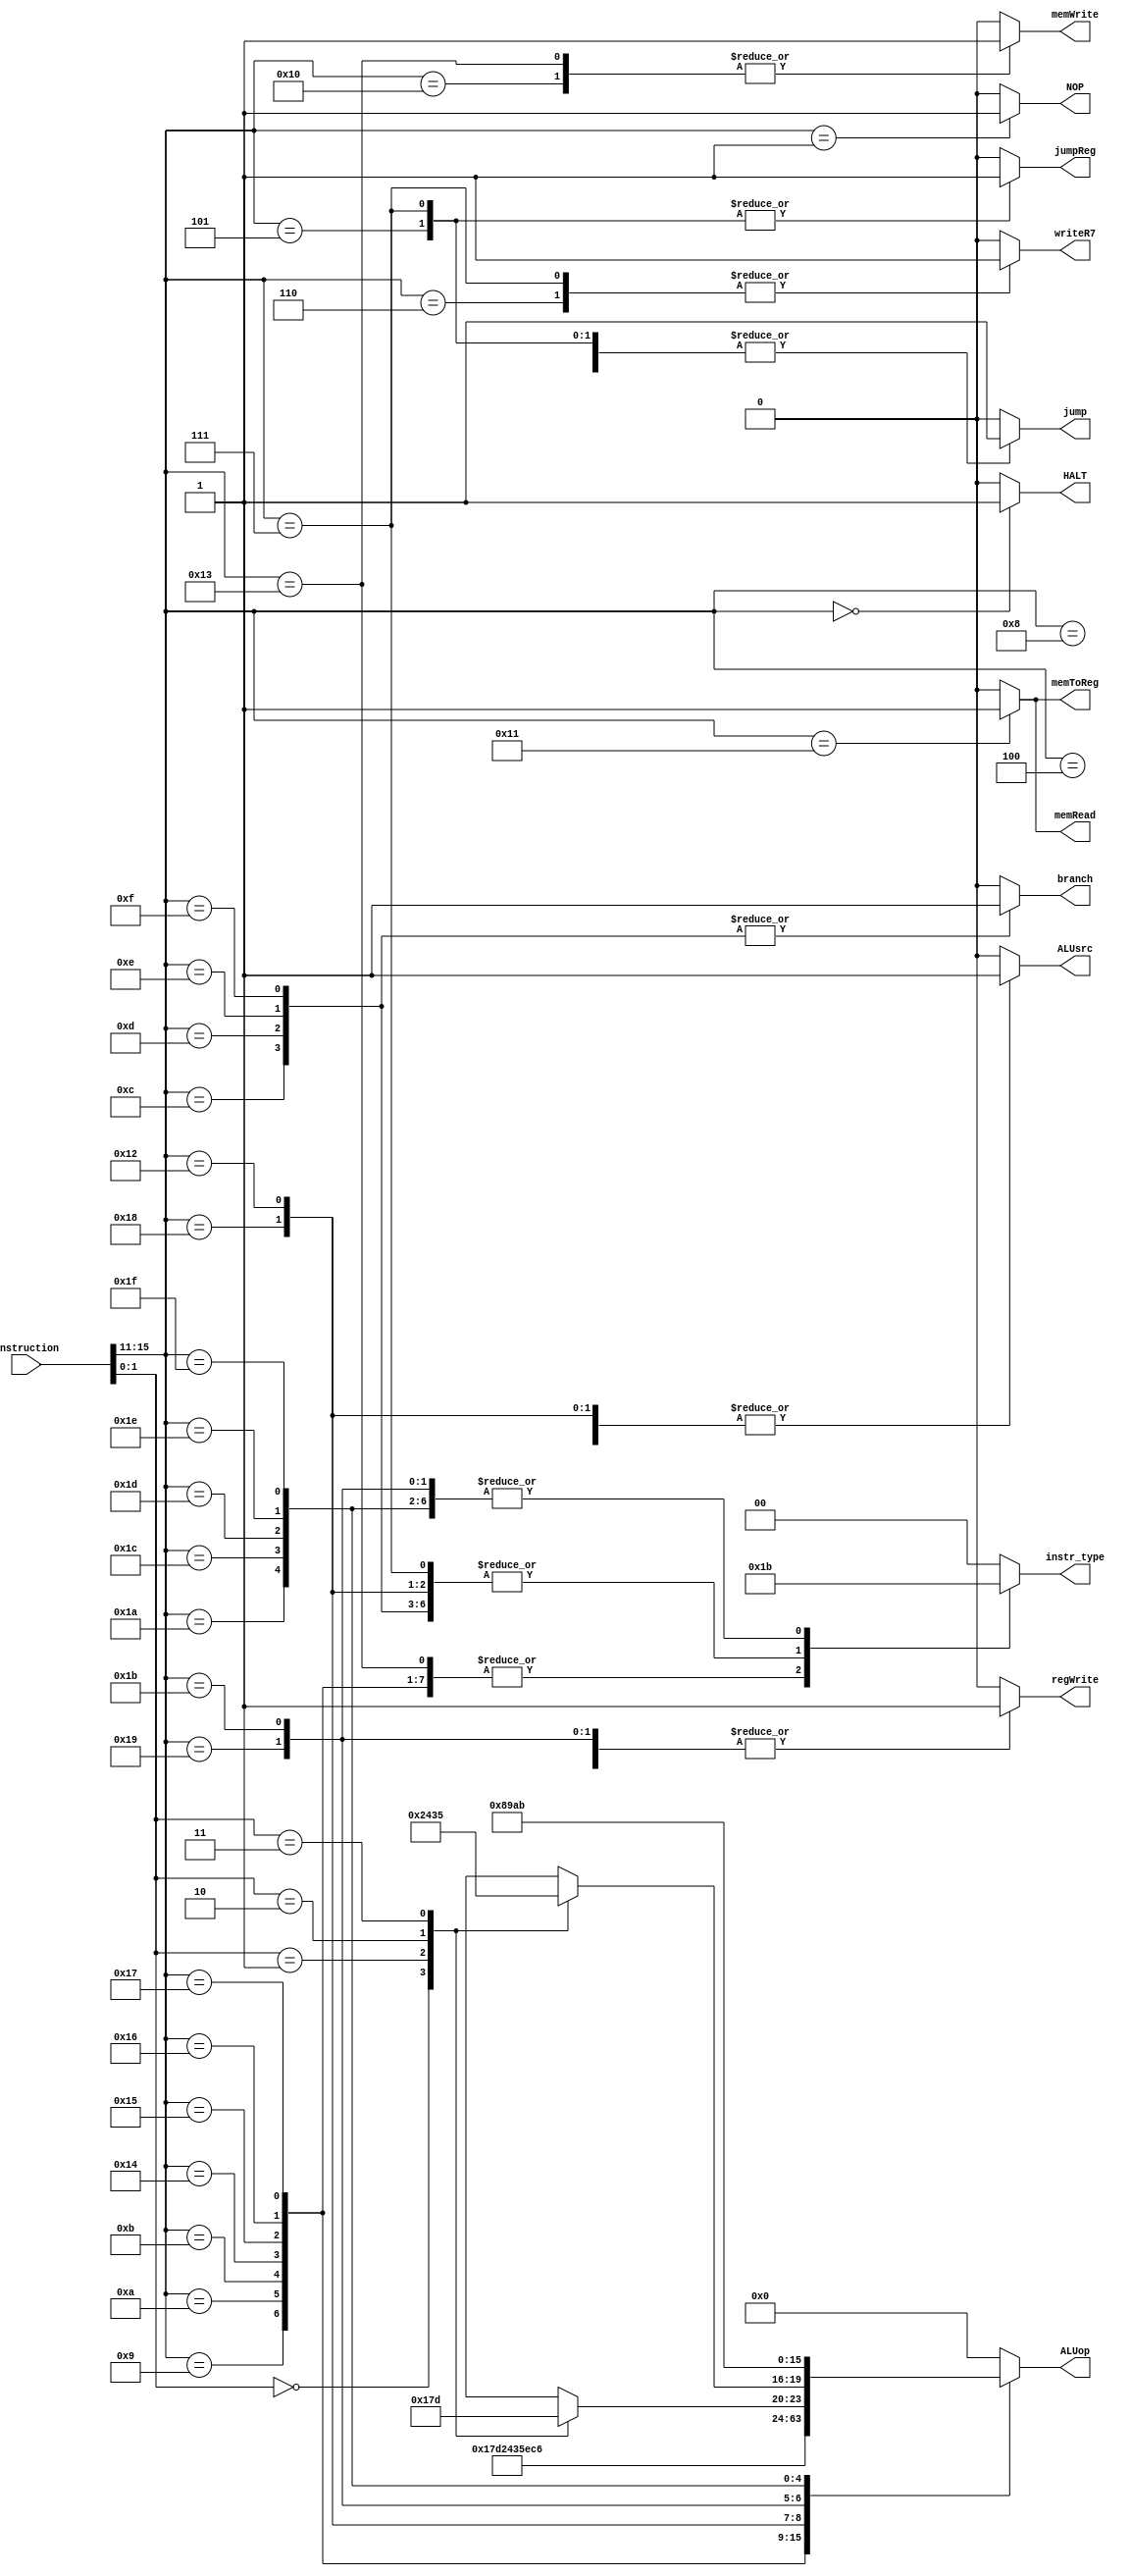
module control_unit(	instruction, 
			instr_type, 
			HALT,  
			NOP,  
			writeR7,  
			jumpReg,  
			jump,  
			branch, 
			memToReg, 
			memRead, 
			ALUop, 
			memWrite, 
			ALUsrc, 
			regWrite	);

input [15:0] instruction;

// 4 instruction types:
// 0 = J
// 1 = I-1
// 2 = I-2
// 3 = R
output [1:0] instr_type;

// Control signals
output wire HALT;
output NOP;
output writeR7;
output jumpReg;
output jump;
output branch;
output memToReg; 
output memRead;
output [3:0] ALUop;
output memWrite; 
output ALUsrc;
output regWrite;

// Intermediate control signals
reg HALT_i;
reg NOP_i;
reg writeR7_i;
reg jumpReg_i;
reg jump_i;
reg branch_i;
reg memToReg_i; 
reg memRead_i;
reg [3:0] ALUop_i;
reg memWrite_i; 
reg ALUsrc_i;
reg regWrite_i;
reg [1:0] instr_type_i;

// Assign outputs:
//assign HALT = HALT_i;
//assign NOP = NOP_i;
assign writeR7 = writeR7_i;
assign jumpReg = jumpReg_i;
assign jump = jump_i;
assign branch = branch_i;
assign memToReg = memToReg_i;
assign memRead = memRead_i;
assign ALUop = ALUop_i;
assign memWrite = memWrite_i;
assign ALUsrc = ALUsrc_i;
assign regWrite = regWrite_i;
assign instr_type = instr_type_i;

// Opcodes and operations
// wire [1:0]alu_op_sel;
wire [4:0] opcode;
reg [3:0] alu_op;
reg [3:0] shift_rot_op;
wire [1:0] func;

assign func = instruction[1:0];
assign opcode = instruction[15:11];
assign HALT = HALT_i;
assign NOP = NOP_i;

// Logic to determine ALU operations
// ADD, SUB, XOR, ANDN
// ROL, SLL, ROR, SRL
always@(*) begin
   case(func)
		2'b00: begin
				alu_op = 4'h0;				// ADD
				shift_rot_op = 4'h2;		// ROL
			 end
		2'b01: begin
				alu_op = 4'h1;				// SUB
				shift_rot_op = 4'h4;		// SLL
			 end
		2'b10: begin
				alu_op = 4'h7;				// XOR
				shift_rot_op = 4'h3;		// ROR
			 end
		2'b11: begin
				alu_op = 4'hD;				// ANDN
				shift_rot_op = 4'h5;		// SRL
			 end
	endcase
end


/*
		ADD, ADDI, LD, STU, ST 			0
		SUBI, SUB				 			1
		ROL, ROLI 							2
		ROR, RORI 							3
		SLL, SLLI 							4
		SRL, SRLI 							5
		BTR 									6
		XOR, XORI 							7
		SEQ 									8
		SLT 									9
		SLE 									10
		SCO									11
		SLBI 									12
		ANDN, ANDNI 						13
*/
always@(*) begin
   case(opcode)
		5'b00000: begin			/************************************ HALT */
					// Only HALT is set to 1, all others 0
					instr_type_i = 0;
					HALT_i = 1;  
					NOP_i = 0;
					writeR7_i = 0;  
					jumpReg_i = 0;
					jump_i = 0;
					branch_i = 0;
					memToReg_i = 0;
					memRead_i = 0;
					ALUop_i = 0;
					memWrite_i = 0;
					ALUsrc_i = 0;
					regWrite_i = 0;
				 end
		5'b00001: begin			/************************************ NOP */
					// Only NOP is set to 1, all others 0
					instr_type_i = 0;
					HALT_i = 0;  
					NOP_i = 1;
					writeR7_i = 0;  
					jumpReg_i = 0;
					jump_i = 0;
					branch_i = 0;
					memToReg_i = 0;
					memRead_i = 0;
					ALUop_i = 0;
					memWrite_i = 0;
					ALUsrc_i = 0;
					regWrite_i = 0;
				 end
		5'b00100: begin			/************************************ J */
					instr_type_i = 0;
					HALT_i = 0;  
					NOP_i = 0;
					writeR7_i = 0;  
					jumpReg_i = 0;
					jump_i = 1;				// JUMP instr
					branch_i = 0;
					memToReg_i = 0;
					memRead_i = 0;
					ALUop_i = 0;
					memWrite_i = 0;
					ALUsrc_i = 0;
					regWrite_i = 0;
				 end
		5'b00110: begin			/************************************ JAL */
					instr_type_i = 0;
					HALT_i = 0;  
					NOP_i = 0;
					writeR7_i = 1;  		// Writing to R7
					jumpReg_i = 0;
					jump_i = 1;
					branch_i = 0;
					memToReg_i = 0;
					memRead_i = 0;
					ALUop_i = 0;
					memWrite_i = 0;
					ALUsrc_i = 0;
					regWrite_i = 1;		// Writing to reg R7
				 end
		5'b01000: begin			/************************************ ADDI */
					instr_type_i = 1;		// Format I-1 instruction
					HALT_i = 0;  
					NOP_i = 0;
					writeR7_i = 0;  
					jumpReg_i = 0;
					jump_i = 0;
					branch_i = 0;
					memToReg_i = 0;
					memRead_i = 0;
					ALUop_i = 4'd0;		// ALU OP 0
					memWrite_i = 0;
					ALUsrc_i = 1;			// Add immediate
					regWrite_i = 1;		// Rd <- Rs + I(zero ext.)
				 end
		5'b01001: begin			/************************************ SUBI */
					instr_type_i = 1;		// Format I-1 instruction
					HALT_i = 0;  
					NOP_i = 0;
					writeR7_i = 0;  
					jumpReg_i = 0;
					jump_i = 0;
					branch_i = 0;
					memToReg_i = 0;
					memRead_i = 0;
					ALUop_i = 4'd1;		// ALU OP 1
					memWrite_i = 0;
					ALUsrc_i = 1;			// Sub immediate
					regWrite_i = 1;		// Rd <- I(sign ext.) - Rs
				 end
		5'b01010: begin			/************************************ XORI */
					instr_type_i = 1;		// Format I-1 instruction
					HALT_i = 0;  
					NOP_i = 0;
					writeR7_i = 0;  
					jumpReg_i = 0;
					jump_i = 0;
					branch_i = 0;
					memToReg_i = 0;
					memRead_i = 0;
					ALUop_i = 4'd7;		// ALU OP 7
					memWrite_i = 0;
					ALUsrc_i = 1;			// xor immediate
					regWrite_i = 1;		// Rd <- Rs XOR I(zero ext.)
				 end
		5'b01011: begin			/************************************ ANDNI */
					instr_type_i = 1;		// Format I-1 instruction
					HALT_i = 0;  
					NOP_i = 0;
					writeR7_i = 0;  
					jumpReg_i = 0;
					jump_i = 0;
					branch_i = 0;
					memToReg_i = 0;
					memRead_i = 0;
					ALUop_i = 4'd13;		// ALU OP 13
					memWrite_i = 0;
					ALUsrc_i = 1;			// AND NOT immediate 
					regWrite_i = 1;		// Rd <- Rs AND ~I(zero ext.)
				 end
		5'b10100: begin			/************************************ ROLI */
					instr_type_i = 1;		// Format I-1 instruction
					HALT_i = 0;  
					NOP_i = 0;
					writeR7_i = 0;  
					jumpReg_i = 0;
					jump_i = 0;
					branch_i = 0;
					memToReg_i = 0;
					memRead_i = 0;
					ALUop_i = 4'd2;		// ALU OP 2
					memWrite_i = 0;
					ALUsrc_i = 1;			// Rotate left by immediate 
					regWrite_i = 1;		// Rd <- Rs << (rotate) I(lowest 4 bits)
				 end
		5'b10101: begin			/************************************ SLLI */
					instr_type_i = 1;		// Format I-1 instruction
					HALT_i = 0;  
					NOP_i = 0;
					writeR7_i = 0;  
					jumpReg_i = 0;
					jump_i = 0;
					branch_i = 0;
					memToReg_i = 0;
					memRead_i = 0;
					ALUop_i = 4'd4;		// ALU OP 4
					memWrite_i = 0;
					ALUsrc_i = 1;			// Shift left by immediate 
					regWrite_i = 1;		// Rd <- Rs << I(lowest 4 bits)
				 end
		5'b10110: begin			/************************************ RORI */
					instr_type_i = 1;		// Format I-1 instruction
					HALT_i = 0;  
					NOP_i = 0;
					writeR7_i = 0;  
					jumpReg_i = 0;
					jump_i = 0;
					branch_i = 0;
					memToReg_i = 0;
					memRead_i = 0;
					ALUop_i = 4'd3;		// ALU OP 3	
					memWrite_i = 0;
					ALUsrc_i = 1;			// Rotate right by immediate 
					regWrite_i = 1;		// Rd <- Rs >> (rotate) I(lowest 4 bits)
				 end
		5'b10111: begin			/************************************ SRLI */
					instr_type_i = 1;		// Format I-1 instruction
					HALT_i <= 0;  
					NOP_i = 0;
					writeR7_i = 0;  
					jumpReg_i = 0;
					jump_i = 0;
					branch_i = 0;
					memToReg_i = 0;
					memRead_i = 0;
					ALUop_i = 4'd5;		// ALU OP 5
					memWrite_i = 0;
					ALUsrc_i =  1;			// Shift right by immediate 
					regWrite_i = 1;		// Rd <- Rs >> I(lowest 4 bits)
				 end
		5'b10000: begin			/************************************ ST */
					instr_type_i = 1;		// Format I-1 instruction
					HALT_i = 0;  
					NOP_i = 0;
					writeR7_i = 0;  
					jumpReg_i = 0;
					jump_i = 0;
					branch_i = 0;
					memToReg_i = 0;
					memRead_i = 0;
					ALUop_i = 4'd0;		// ALU OP 0
					memWrite_i = 1;		// STORE writes to memory
					ALUsrc_i = 1;			// Offset memory by immediate
					regWrite_i = 0;		// NO REG WRITE:	Mem[Rs + I(sign ext.)] <- Rd
				 end
		5'b10001: begin			/************************************ LD */
					instr_type_i = 1;		// Format I-1 instruction
					HALT_i = 0;  
					NOP_i = 0;
					writeR7_i = 0;  
					jumpReg_i = 0;
					jump_i = 0;
					branch_i = 0;
					memToReg_i = 1;		// Reading from memory, writing to REG
					memRead_i = 1;			// LOAD reads from memory
					ALUop_i = 4'd0;		// ALU OP 0
					memWrite_i = 0;
					ALUsrc_i = 1;			// Offset memory by immediate
					regWrite_i = 1;		// Rd <- Mem[Rs + I(sign ext.)]
				 end
		5'b10011: begin			/************************************ STU */
					instr_type_i = 1;		// Format I-1 instruction
					HALT_i = 0;  
					NOP_i = 0;
					writeR7_i = 0;  
					jumpReg_i = 0;
					jump_i = 0;
					branch_i = 0;
					memToReg_i = 0;
					memRead_i = 0;
					ALUop_i = 4'd0;		// ALU OP 0
					memWrite_i = 1;		// STU writes to memory
					ALUsrc_i = 1;			// Offset memory by immediate
					regWrite_i = 1;		// Mem[Rs + I(sign ext.)] <- Rd, Rs <- Rs + I(ssign ext.)
				 end
		5'b11000: begin			/************************************ LBI */
					instr_type_i = 2;		// Format I-2 instruction
					HALT_i = 0;  
					NOP_i = 0;
					writeR7_i = 0;  
					jumpReg_i = 0;
					jump_i = 0;
					branch_i = 0;
					memToReg_i = 0;
					memRead_i = 0;
					ALUop_i = 4'hE;		// ALU OP 14
					memWrite_i = 0;
					ALUsrc_i = 1;			// Immediate is read into reg
					regWrite_i = 1;			// Rs <- I(sign ext.)
				 end
		5'b10010: begin			/************************************ SLBI */
					instr_type_i = 2;		// Format I-2 instruction
					HALT_i = 0;  
					NOP_i = 0;
					writeR7_i = 0;  
					jumpReg_i = 0;
					jump_i = 0;
					branch_i = 0;
					memToReg_i = 0;
					memRead_i = 0;
					ALUop_i = 4'hC;		// ALU OP 12
					memWrite_i = 0;
					ALUsrc_i = 1;			// Immediate user for OR
					regWrite_i = 1;		// Rs <- (Rs << 8) | I(zero ext.)
				 end
		5'b00101: begin			/************************************ JR */
					instr_type_i = 2;		// Format I-2 instruction
					HALT_i = 0;  
					NOP_i = 0;
					writeR7_i = 0;  
					jumpReg_i = 1;			// Reading from Rs
					jump_i = 1;				// JUMP instr
					branch_i = 0;
					memToReg_i = 0;
					memRead_i = 0;
					ALUop_i = 0;
					memWrite_i = 0;
					ALUsrc_i = 0;
					regWrite_i = 0;
				 end
		5'b00111: begin			/************************************ JALR */
					instr_type_i = 2;		// Format I-2 instruction
					HALT_i = 0;  
					NOP_i = 0;
					writeR7_i = 1;  		// Writing to R7
					jumpReg_i = 1;			// Reading from Rs
					jump_i = 1;				// JUMP instr
					branch_i = 0;
					memToReg_i = 0;
					memRead_i = 0;
					ALUop_i = 0;
					memWrite_i = 0;
					ALUsrc_i = 0;
					regWrite_i = 1;		// Writing to reg R7
				 end
		5'b01100: begin			/************************************ BEQZ */
					instr_type_i = 2;		// Format I-2 instruction
					HALT_i = 0;  
					NOP_i = 0;
					writeR7_i = 0;  
					jumpReg_i = 0;
					jump_i = 0;
					branch_i = 1;			// BRANCH INSTR
					memToReg_i = 0;
					memRead_i = 0;
					ALUop_i = 0;
					memWrite_i = 0;
					ALUsrc_i = 0;
					regWrite_i = 0;
				 end
		5'b01101: begin			/************************************ BNEZ */
					instr_type_i = 2;		// Format I-2 instruction
					HALT_i = 0;  
					NOP_i = 0;
					writeR7_i = 0;  
					jumpReg_i = 0;
					jump_i = 0;
					branch_i = 1;			// BRANCH INSTR
					memToReg_i = 0;
					memRead_i = 0;
					ALUop_i = 0;
					memWrite_i = 0;
					ALUsrc_i = 0;
					regWrite_i = 0;
				 end
		5'b01110: begin			/************************************ BLTZ */
					instr_type_i = 2;		// Format I-2 instruction
					HALT_i = 0;  
					NOP_i = 0;
					writeR7_i = 0;  
					jumpReg_i = 0;
					jump_i = 0;
					branch_i = 1;			// BRANCH INSTR
					memToReg_i = 0;
					memRead_i = 0;
					ALUop_i = 0;
					memWrite_i = 0;
					ALUsrc_i = 0;
					regWrite_i = 0;
				 end
		5'b01111: begin			/************************************ BGEZ */
					instr_type_i = 2;		// Format I-2 instruction
					HALT_i = 0;  
					NOP_i = 0;
					writeR7_i = 0;  
					jumpReg_i = 0;
					jump_i = 0;
					branch_i = 1;			// BRANCH INSTR
					memToReg_i = 0;
					memRead_i = 0;
					ALUop_i = 0;
					memWrite_i = 0;
					ALUsrc_i = 0;
					regWrite_i = 0;
				 end
		5'b11001: begin			/************************************ BTR */
					instr_type_i = 3;		// Format R instruction
					HALT_i = 0;  
					NOP_i = 0;
					writeR7_i = 0;  
					jumpReg_i = 0;
					jump_i = 0;
					branch_i = 0;
					memToReg_i = 0;
					memRead_i = 0;
					ALUop_i = 6;			// ALU OP 6
					memWrite_i = 0;
					ALUsrc_i = 0;
					regWrite_i = 1;		// Rd[bit i] <- Rs[bit 15-i] for i = 0..15
				 end
		5'b11011: begin			/************************************ ADD, SUB, XOR, ANDN */
					instr_type_i = 3;		// Format R instruction
					HALT_i = 0;  
					NOP_i = 0;
					writeR7_i = 0;  
					jumpReg_i = 0;
					jump_i = 0;
					branch_i = 0;
					memToReg_i = 0;
					memRead_i = 0;
					ALUop_i = alu_op;		// ALU OP (decided in case statement)
					memWrite_i = 0;
					ALUsrc_i = 0;			// ALU src 0: Reading from 2 regs
					regWrite_i = 1; 		// Rd <- Rs + Rt (for add)
				 end
		5'b11010: begin			/************************************ ROL, SLL, ROR, SRL */
					instr_type_i = 3;		// Format R instruction
					HALT_i = 0;  
					NOP_i = 0;
					writeR7_i = 0;  
					jumpReg_i = 0;
					jump_i = 0;
					branch_i = 0;
					memToReg_i = 0;
					memRead_i = 0;
					ALUop_i = shift_rot_op;	// Shift/ROTATE OP (decided in case statement)
					memWrite_i = 0;
					ALUsrc_i = 0;			// ALU src 0: Reading from 2 regs
					regWrite_i = 1;		// Rd <- Rs << (rotate) Rt (lowest 4 bits)
				 end
		5'b11100: begin			/************************************ SEQ */
					instr_type_i = 3;		// Format R instruction
					HALT_i = 0;  
					NOP_i = 0;
					writeR7_i = 0;  
					jumpReg_i = 0;
					jump_i = 0;
					branch_i = 0;
					memToReg_i = 0;
					memRead_i = 0;
					ALUop_i = 4'd8;		// ALU OP 8
					memWrite_i = 0;
					ALUsrc_i = 0;
					regWrite_i = 1;		// if (Rs == Rt) then Rd <- 1 else Rd <- 0
				 end
		5'b11101: begin			/************************************ SLT */
					instr_type_i = 3;		// Format R instruction
					HALT_i = 0;  
					NOP_i = 0;
					writeR7_i = 0;  
					jumpReg_i = 0;
					jump_i = 0;
					branch_i = 0;
					memToReg_i = 0;
					memRead_i = 0;
					ALUop_i = 4'd9;		// ALU OP 9
					memWrite_i = 0;
					ALUsrc_i = 0;
					regWrite_i = 1;		// if (Rs < Rt) then Rd <- 1 else Rd <- 0
				 end
		5'b11110: begin			/************************************ SLE */
					instr_type_i = 3;		// Format R instruction
					HALT_i = 0;  
					NOP_i = 0;
					writeR7_i = 0;  
					jumpReg_i = 0;
					jump_i = 0;
					branch_i = 0;
					memToReg_i = 0;
					memRead_i = 0;
					ALUop_i = 4'd10;		// ALU OP 10
					memWrite_i = 0;
					ALUsrc_i = 0;
					regWrite_i = 1;		// if (Rs <= Rt) then Rd <- 1 else Rd <- 0
				 end
		5'b11111: begin			/************************************ SCO */
					instr_type_i = 3;		// Format R instruction
					HALT_i = 0;  
					NOP_i = 0;
					writeR7_i = 0;  
					jumpReg_i = 0;
					jump_i = 0;
					branch_i = 0;
					memToReg_i = 0;
					memRead_i = 0;
					ALUop_i = 4'd11;		// ALU OP 11
					memWrite_i = 0;
					ALUsrc_i = 0;
					regWrite_i = 1;		// Writing Rd
				 end
   		default: begin
					instr_type_i = 0;               // Format R instruction
                    HALT_i = 0;
					NOP_i = 0;
					writeR7_i = 0;
					jumpReg_i = 0;
					jump_i = 0;
					branch_i = 0;
					memToReg_i = 0;
					memRead_i = 0;
					ALUop_i = 4'd0;                // ALU OP 11
					memWrite_i = 0;
					ALUsrc_i = 0;
					regWrite_i = 0;         // Writing Rd
				end
	endcase
end

endmodule